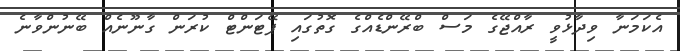
އެކަމަނާ ވިދާޅުވީ ރާއްޖޭގެ މަސް ބްރޭންޑެއްގެ ގޮތުގައި ޕޭޓަންޓް ކުރަން ގާނޫނެއް ބޭނުންވާނެ